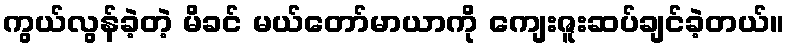
ကွယ်လွန်ခဲ့တဲ့ မိခင် မယ်တော်မာယာကို ကျေးဇူးဆပ်ချင်ခဲ့တယ်။